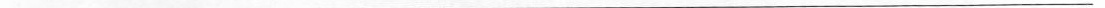
___